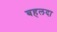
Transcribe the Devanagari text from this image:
बहलदा